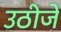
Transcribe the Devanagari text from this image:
उठीजे